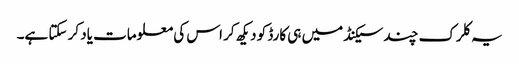
یہ کلرک چند سیکنڈ میں ہی کارڈ کو دیکھ کر اس کی معلومات یاد کر سکتا ہے۔